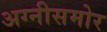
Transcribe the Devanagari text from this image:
अग्नीसमोर